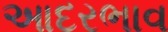
આદરભાવ